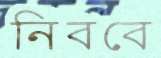
নিববে